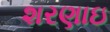
શરણાઇ